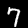
Label: 7